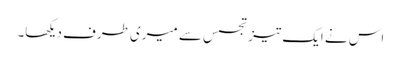
اس نے ایک تیز تجسس سے میری طرف دیکھا۔